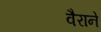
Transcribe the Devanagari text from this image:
वैराने